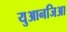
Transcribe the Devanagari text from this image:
युआनजिआ